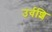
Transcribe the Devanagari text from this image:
उर्वशि